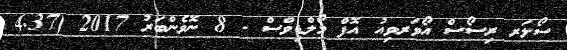
ސޯލަރ ރިސޯސް އޯވަރވިއު އޮފް މޯލްޑިވްސް - 8 ނޮވެންބަރު 2017 (4.37